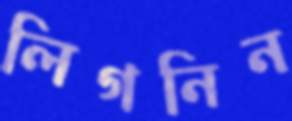
লিগনিন